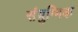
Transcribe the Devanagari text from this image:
संयुग्मिक